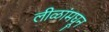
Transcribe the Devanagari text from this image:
लीळांमघून